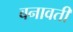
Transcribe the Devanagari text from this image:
बनावती